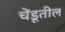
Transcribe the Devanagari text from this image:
चेंडूतील